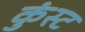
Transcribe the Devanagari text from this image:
कुंस्ट